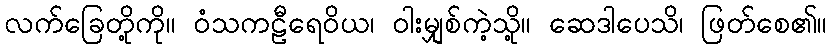
လက်ခြေတို့ကို။ ဝံသကဠီရေဝိယ၊ ဝါးမျှစ်ကဲ့သို့။ ဆေဒါပေသိ၊ ဖြတ်စေ၏။